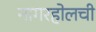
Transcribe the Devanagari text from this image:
नागरहोलची